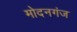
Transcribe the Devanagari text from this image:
मोदनगंज